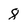
Character: 8